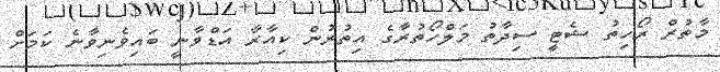
މާތުރް ރޯހިތު ޝެޓީ ސިދާތު މަލްހޯތުރާގެ އިތުރުން ކިއާރާ އަޑްވާނީ ބައިވެނިވާނެ ކަމަށް